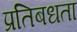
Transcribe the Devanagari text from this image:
प्रतिबधता